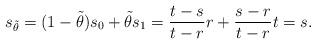
LaTeX: \begin{align*} s_{\Tilde{\theta}}=(1-\Tilde{\theta})s_0+\Tilde{\theta}s_1=\frac{t-s}{t-r}r+\frac{s-r}{t-r}t=s. \end{align*}